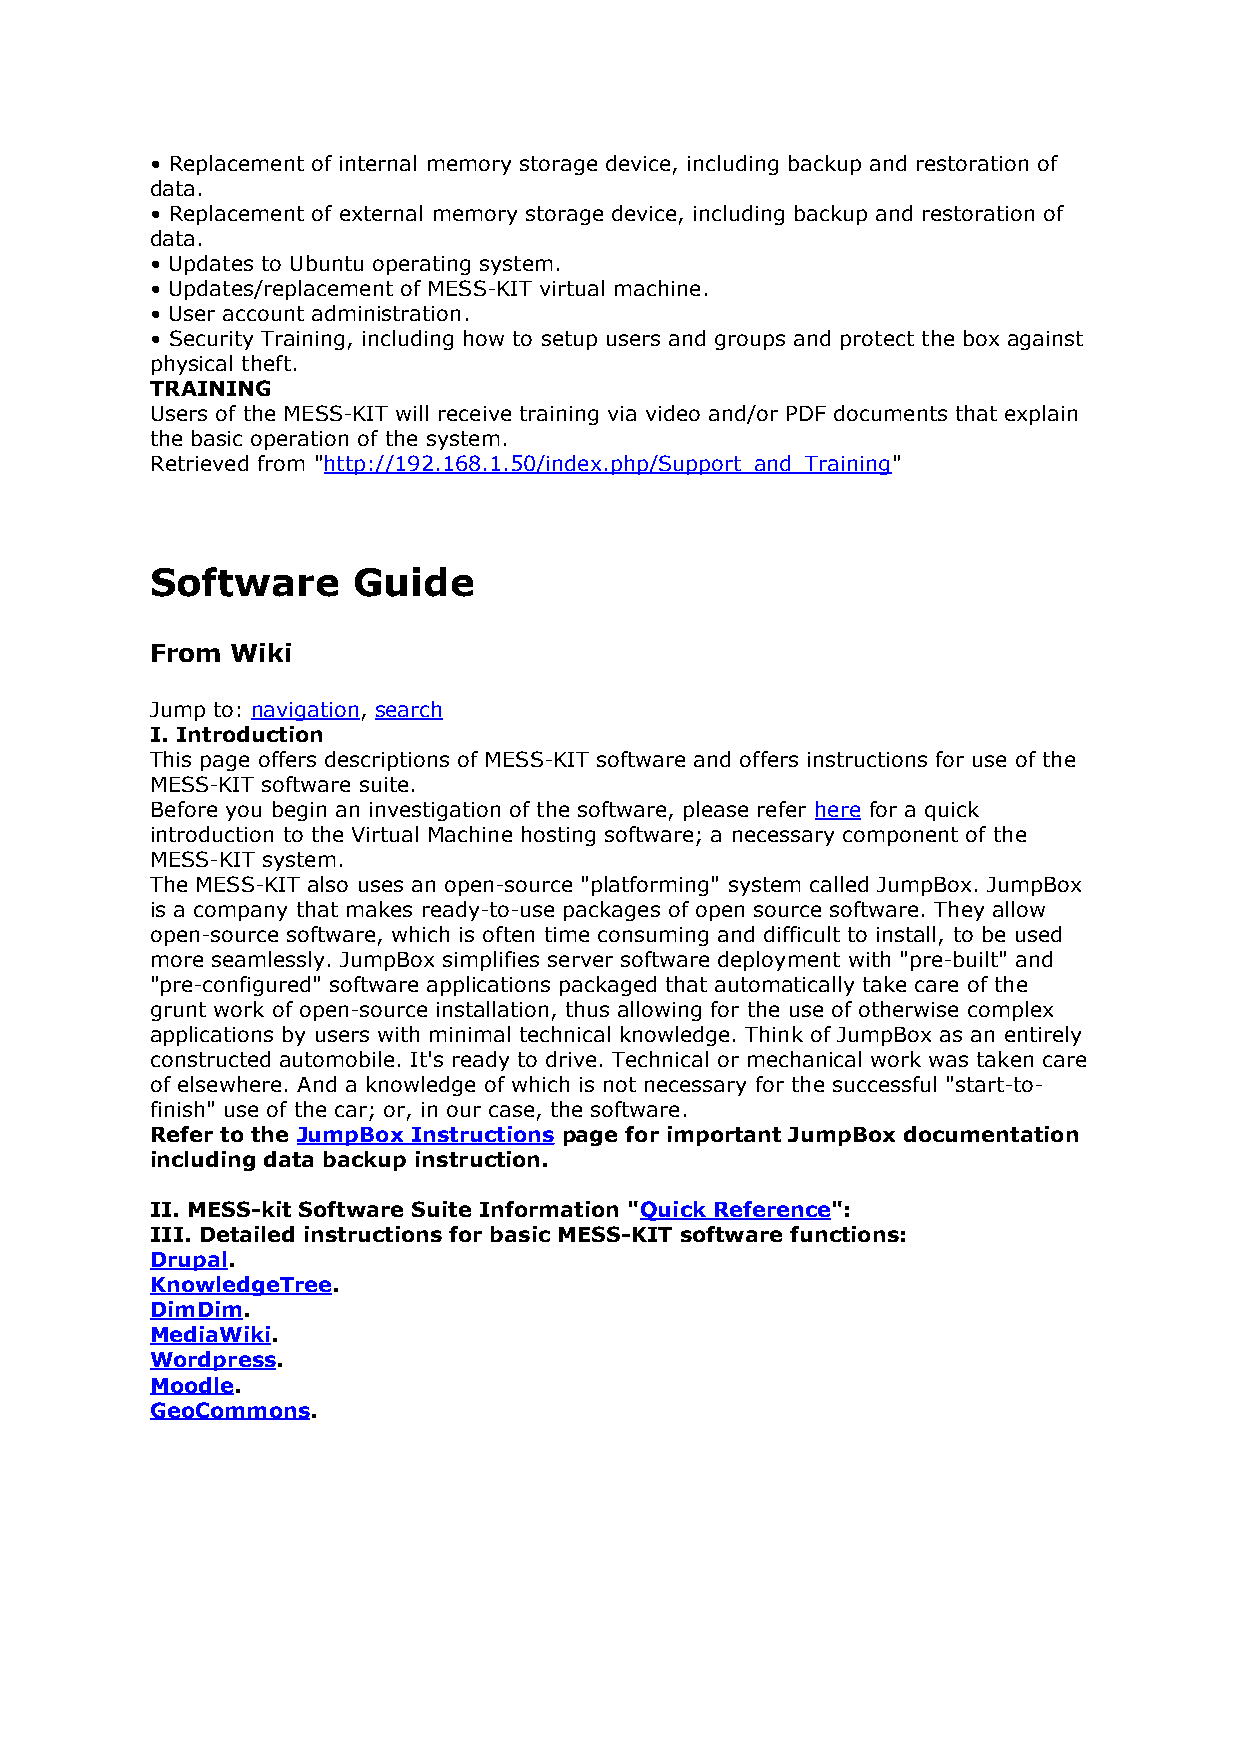
• Replacement of internal memory storage device, including backup and restoration of
 data.
 • Replacement of external memory storage device, including backup and restoration of
 data.
 • Updates to Ubuntu operating system.
 • Updates/replacement of MESS-KIT virtual machine.
 • User account administration.
 • Security Training, including how to setup users and groups and protect the box against
 physical theft.
 TRAINING
 Users of the MESS-KIT will receive training via video and/or PDF documents that explain
 the basic operation of the system.
 Retrieved from "http://192.168.1.50/index.php/Support_and_Training"
 Software     Guide
 From Wiki
 Jump to: navigation, search
 I. Introduction
 This page offers descriptions of MESS-KIT software and offers instructions for use of the
 MESS-KIT software suite.
 Before you begin an investigation of the software, please refer here for a quick
 introduction to the Virtual Machine hosting software; a necessary component of the
 MESS-KIT system.
 The MESS-KIT also uses an open-source "platforming" system called JumpBox. JumpBox
 is a company that makes ready-to-use packages of open source software. They allow
 open-source software, which is often time consuming and difficult to install, to be used
 more seamlessly. JumpBox simplifies server software deployment with "pre-built" and
 "pre-configured" software applications packaged that automatically take care of the
 grunt work of open-source installation, thus allowing for the use of otherwise complex
 applications by users with minimal technical knowledge. Think of JumpBox as an entirely
 constructed automobile. It's ready to drive. Technical or mechanical work was taken care
 of elsewhere. And a knowledge of which is not necessary for the successful "start-to-
 finish" use of the car; or, in our case, the software.
 Refer to the JumpBox Instructions page for important JumpBox documentation
 including data backup instruction.
 II. MESS-kit Software Suite Information "Quick Reference":
 III. Detailed instructions for basic MESS-KIT software functions:
 Drupal.
 KnowledgeTree.
 DimDim.
 MediaWiki.
 Wordpress.
 Moodle.
 GeoCommons.